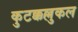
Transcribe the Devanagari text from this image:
कुटक्कल्लुकल